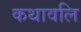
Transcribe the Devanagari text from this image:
कथावलि